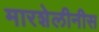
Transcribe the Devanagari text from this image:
मारशेलीनीस